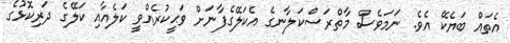
އެތައް ބަޔެކޭ އެވެ. ނަމަވެސް މާތްރަސްކަލާނގެ އެކަލޭގެފާނަށް ވަޙީކުރެއްވީ ކަލެއާއި ކަލޭގެ ދަރިކޮޅުގެ